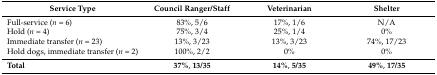
<table><thead><tr><td><b>Service Type</b></td><td><b>Council Ranger/Staff</b></td><td><b>Veterinarian</b></td><td><b>Shelter</b></td></tr></thead><tbody><tr><td>Full-service (<i>n</i> = 6)</td><td>83%, 5/6</td><td>17%, 1/6</td><td>N/A</td></tr><tr><td>Hold (<i>n</i> = 4)</td><td>75%, 3/4</td><td>25%, 1/4</td><td>0%</td></tr><tr><td>Immediate transfer (<i>n</i> = 23)</td><td>13%, 3/23</td><td>13%, 3/23</td><td>74%, 17/23</td></tr><tr><td>Hold dogs, immediate transfer (<i>n</i> = 2)</td><td>100%, 2/2</td><td>0%</td><td>0%</td></tr><tr><td><b>Total</b></td><td><b>37%</b>, <b>13/35</b></td><td><b>14%</b>, <b>5/35</b></td><td><b>49%</b>, <b>17/35</b></td></tr></tbody></table>